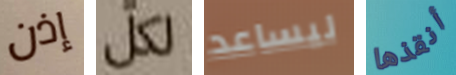
إذن لكل ليساعد أنقذها